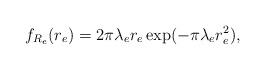
LaTeX: \begin{align*} f_{R_e}(r_e) = 2 \pi \lambda_e r_e \exp(-\pi \lambda_e r_e^2),\end{align*}